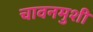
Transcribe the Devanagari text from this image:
चावनमुशी